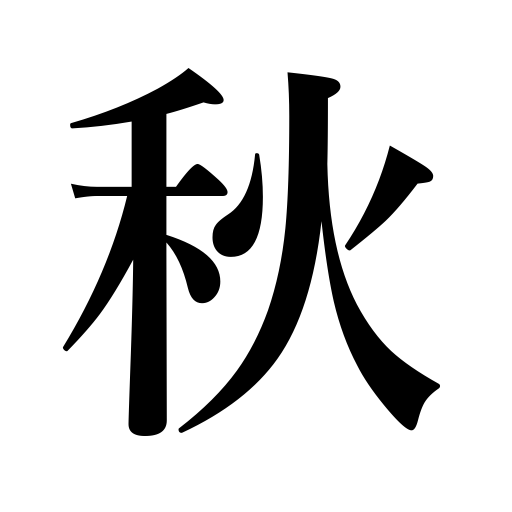
Meanings: autumn